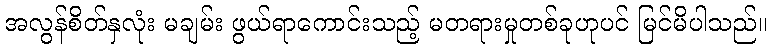
အလွန်စိတ်နှလုံး မချမ်း ဖွယ်ရာကောင်းသည့် မတရားမှုတစ်ခုဟုပင် မြင်မိပါသည်။